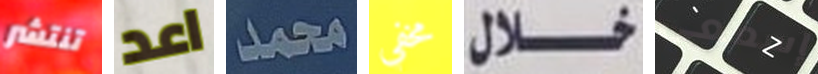
تنتشر اعد محمد مخفي خلال إسمعى